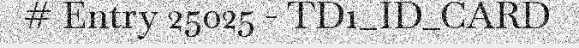
# Entry 25025 - TD1_ID_CARD